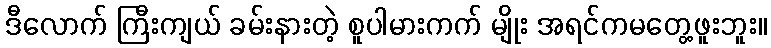
ဒီလောက် ကြီးကျယ် ခမ်းနားတဲ့ စူပါမားကက် မျိုး အရင်ကမတွေ့ဖူးဘူး။